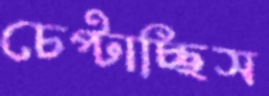
চেপ্‌টাচ্ছিস